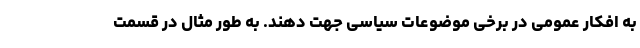
به افکار عمومی در برخی موضوعات سیاسی جهت دهند. به طور مثال در قسمت